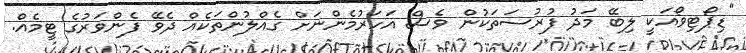
"ޑިޕޯޓިވޯއަކީ ލިބޭ މަދު ފުރުސަތަކުން ވެސް އަހަރުމެންނަށް ގެއްލުންތަކެއް ދެވޭ ފެންވަރުގެ ޓީމެއް.